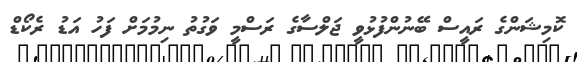
ކޮމިޝަންގެ ރައީސް ބޭނުންފުޅުވީ ޖަލްސާގެ ރަސްމީ ވަގުތު ނިމުމަށް ފަހު އަޑު ރެކޯޑް